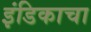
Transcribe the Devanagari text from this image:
इंडिकाचा